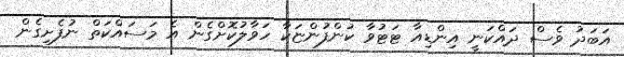
އަބަދު ވެސް ދައްކަނީ އިންޑިއާ ޓަޓުވާ ކުންފުންޏަކާ ހަވާލުކޮށްގެން އެ މަސައްކަތް ނުފެށިގެން